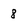
Character: 8